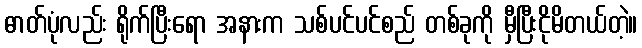
ဓာတ်ပုံလည်း ရိုက်ပြီးရော အနားက သစ်ပင်ပင်စည် တစ်ခုကို မှီပြီးငိုမိတယ်တဲ့။